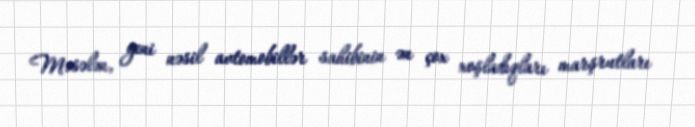
Məsələn, yeni nəsil avtomobillər sahibinin ən çox xoşladıqları marşrutları